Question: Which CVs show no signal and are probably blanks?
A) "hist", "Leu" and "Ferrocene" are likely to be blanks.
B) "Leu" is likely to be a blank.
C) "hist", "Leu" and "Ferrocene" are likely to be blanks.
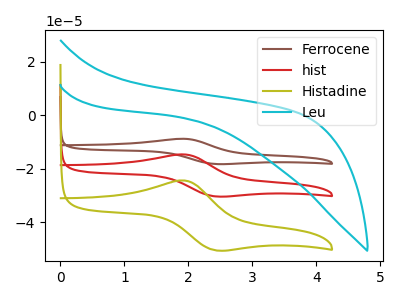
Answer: <think>The brown curve "Ferrocene" has an anodic peak at (1.95V, -29.35uA) and a cathodic peak at (2.45V, -60.70uA). The red curve "hist" has an anodic peak at (1.95V, -14.65uA) and a cathodic peak at (2.45V, -30.35uA). The olive curve "Histadine" has an anodic peak at (1.95V, -24.40uA) and a cathodic peak at (2.45V, -50.50uA). The cyan curve "Leu" has no peaks.</think>
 <answer>B) "Leu" is likely to be a blank.</answer>
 <eval>B</eval>